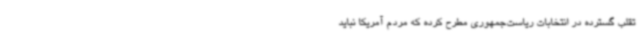
تقلب گسترده در انتخابات ریاست‌جمهوری مطرح کرده که مردم آمریکا نباید